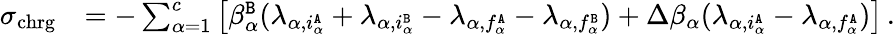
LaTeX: \begin{array}{rl}{\sigma_{\mathrm{chrg}}}&{=-\sum_{\alpha=1}^{c}\left[\beta_{\alpha}^{\tt B}(\lambda_{\alpha,i_{\alpha}^{\tt A}}+\lambda_{\alpha,i_{\alpha}^{\tt B}}-\lambda_{\alpha,f_{\alpha}^{\tt A}}-\lambda_{\alpha,f_{\alpha}^{\tt B}})+\Delta\beta_{\alpha}(\lambda_{\alpha,i_{\alpha}^{\tt A}}-\lambda_{\alpha,f_{\alpha}^{\tt A}})\right]\, .}\end{array}